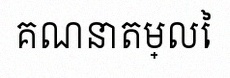
គណនាតម្លៃ